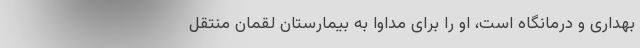
بهداری و درمانگاه است، او را برای مداوا به بیمارستان لقمان منتقل